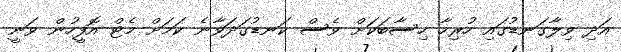
އަދި ވިލާގަނޑުގައި ހުރިހާ ހިސާބަކަށް ވެސް ކަނޑުގަދަވާނެ ކަމަށް މެޓް އޮފީހުން ވަނީ